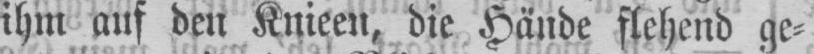
ihm auf den Knieen, die Hände flehend ge⸗